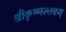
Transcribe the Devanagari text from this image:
श्रीकृष्णस्तवम्